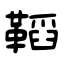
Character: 鞱